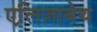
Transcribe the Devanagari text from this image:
एलि़ज़ाबेथ